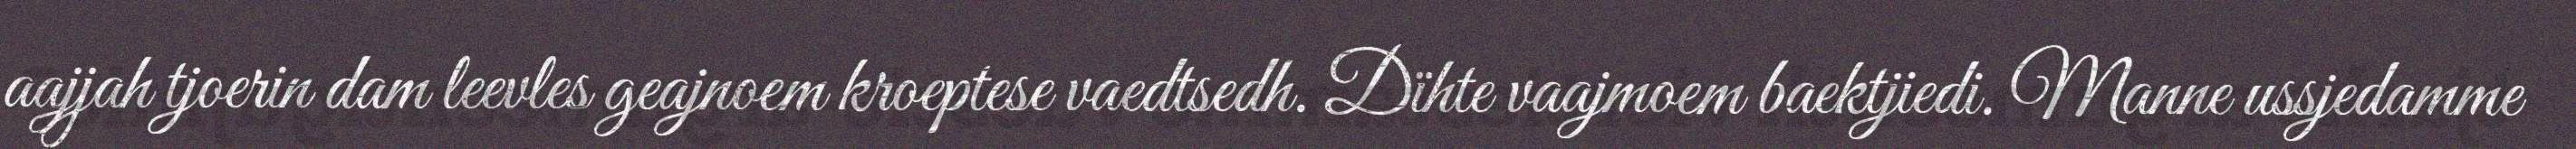
aajjah tjoerin dam leevles geajnoem kroeptese vaedtsedh. Dïhte vaajmoem baektjiedi. Manne ussjedamme